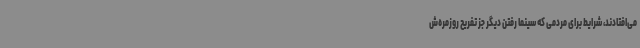
می‌افتادند، شرایط برای مردمی که سینما رفتن دیگر جز تفریح روزمره‌ش